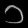
Digit: ၁